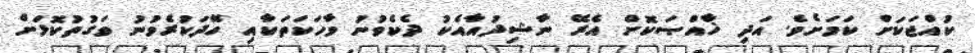
ކުއްޖަކަށް ކަމަށެވެ. އަދި ޚާއްޞަކޮށް އެރޭ ނާޝިދުއާއެކު ދެކެވުނު ވާހަކަތަކާއި ހޭދަކުރެވުނު ވަގުތުކޮޅަށް